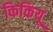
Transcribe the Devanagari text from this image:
किकियू